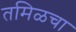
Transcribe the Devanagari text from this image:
तमिळचा